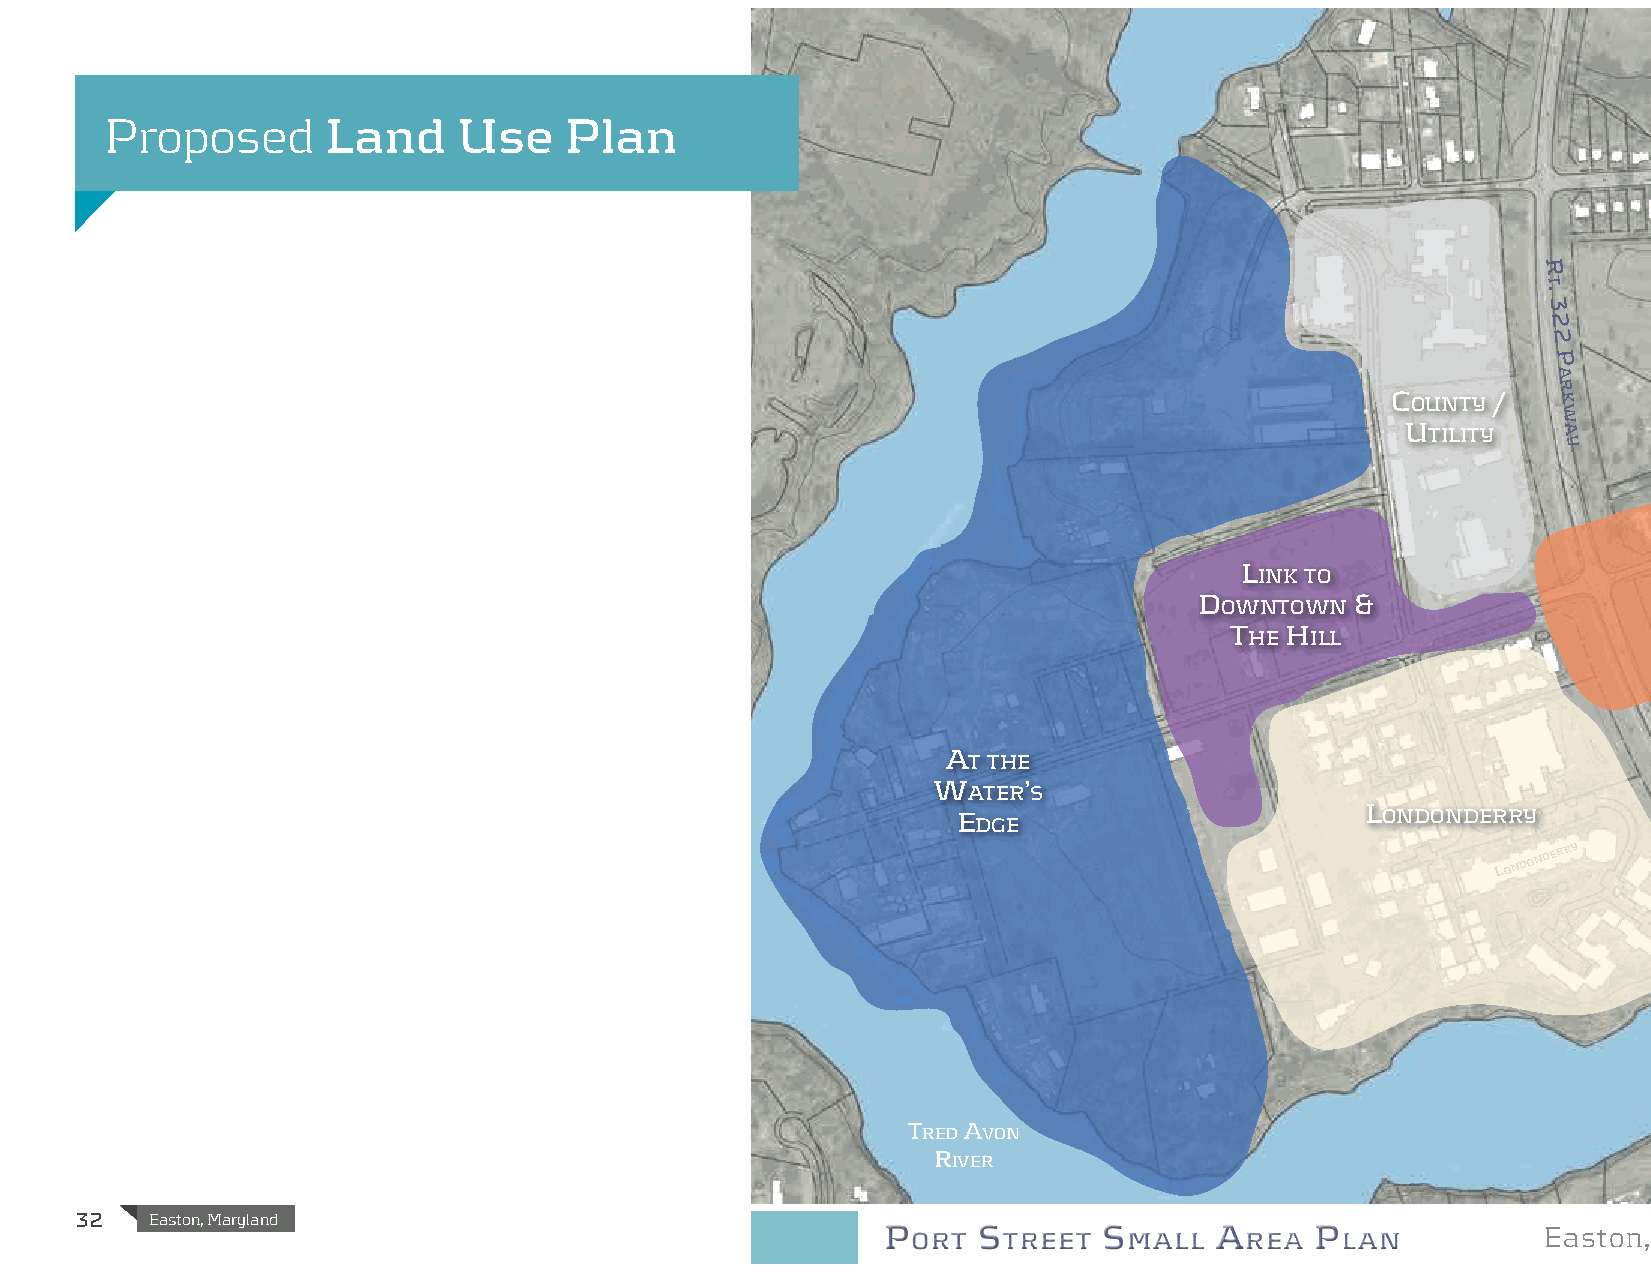
Dover Street
 Proposed       Land    Use    Plan
 the
 hill
 r
 t
 .
 3
 2
 2
 P a                                        P ort S
 treet
 r
 C ounty /  k
 w
 u tiLity  a                                                                   hiStoric
 y                                                                    DiStrict
 L
 ink to
 d
 oWntoWn
 &                                                                                Shore
 health
 t he h iLL                                                                                hoSPital
 A
 t the
 W     ’
 Aters
 L
 e                           ondonderry
 dge
 lonDonDerry
 w
 a
 S
 h
 i
 n
 g
 t
 o
 n
 S
 treD avon                                                                                                                     t
 r
 e
 river                                                                                                                        e
 t
 32   Easton, Maryland
 P ort  S treet S mall a rea  P lan          Easton, Maryland
 0’ 50’ 100’ 200’